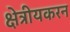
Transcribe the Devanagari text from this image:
क्षेत्रीयकरन